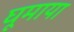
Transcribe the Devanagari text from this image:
घूमाया